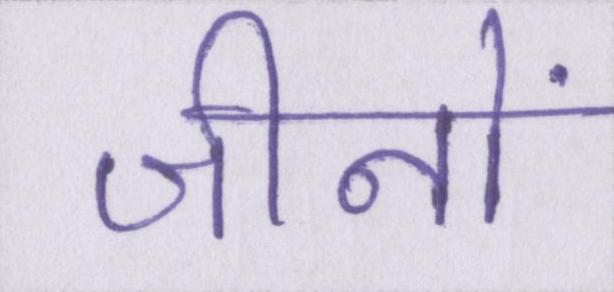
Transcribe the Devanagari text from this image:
जीनों